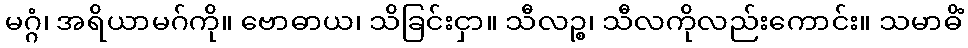
မဂ္ဂံ၊ အရိယာမဂ်ကို။ ဗောဓာယ၊ သိခြင်းငှာ။ သီလဉ္စ၊ သီလကိုလည်းကောင်း။ သမာဓိံ